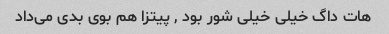
هات داگ خیلی خیلی شور بود , پیتزا هم بوی بدی می‌داد